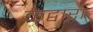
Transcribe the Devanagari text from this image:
केद्वारा